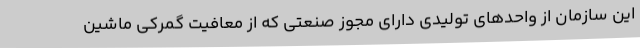
این سازمان از واحدهای تولیدی دارای مجوز صنعتی که از معافیت گمرکی ماشین